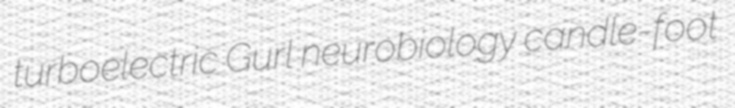
turboelectric Gurl neurobiology candle-foot